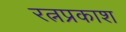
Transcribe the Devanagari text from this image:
रत्नप्रकाश